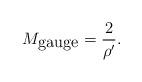
LaTeX: \begin{align*}M_{\mbox{gauge}}=\frac{2}{\rho^{\prime}}.\end{align*}